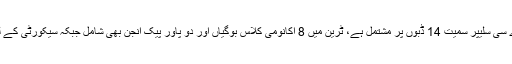
کاروان بھٹو ٹرین ایک لگژری اسپیشل سیلون اور ایک اے سی سلیپر سمیت 14 ڈبوں پر مشتمل ہے، ٹرین میں 8 اکانومی کلاس بوگیاں اور دو پاور پیک انجن بھی شامل جبکہ سیکورٹی کے لیے گارڈز کی دو بوگیاں بھی کاروان ٹرین کا حصہ ہیں۔